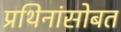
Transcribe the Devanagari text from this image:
प्रथिनांसोबत